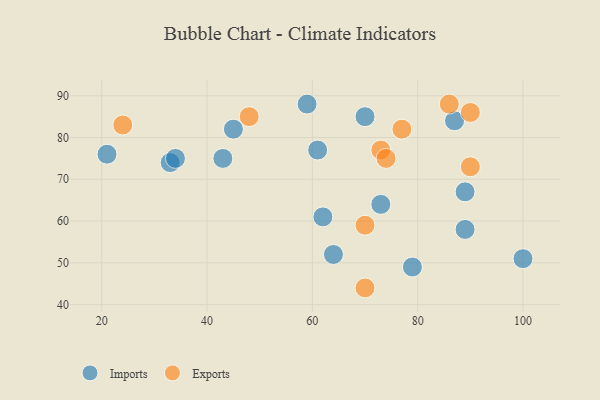
{"axis": {"x": "GDP", "y": "Life Expectancy"}, "legend": ["Exports", "Imports"], "data": [{"x": "73", "y": 64, "type": "Imports"}, {"x": "89", "y": 67, "type": "Imports"}, {"x": "89", "y": 58, "type": "Imports"}, {"x": "87", "y": 84, "type": "Imports"}, {"x": "64", "y": 52, "type": "Imports"}, {"x": "21", "y": 76, "type": "Imports"}, {"x": "100", "y": 51, "type": "Imports"}, {"x": "61", "y": 77, "type": "Imports"}, {"x": "62", "y": 61, "type": "Imports"}, {"x": "33", "y": 74, "type": "Imports"}, {"x": "79", "y": 49, "type": "Imports"}, {"x": "43", "y": 75, "type": "Imports"}, {"x": "70", "y": 85, "type": "Imports"}, {"x": "59", "y": 88, "type": "Imports"}, {"x": "34", "y": 75, "type": "Imports"}, {"x": "45", "y": 82, "type": "Imports"}, {"x": "86", "y": 88, "type": "Exports"}, {"x": "90", "y": 73, "type": "Exports"}, {"x": "70", "y": 44, "type": "Exports"}, {"x": "73", "y": 77, "type": "Exports"}, {"x": "24", "y": 83, "type": "Exports"}, {"x": "74", "y": 75, "type": "Exports"}, {"x": "90", "y": 86, "type": "Exports"}, {"x": "77", "y": 82, "type": "Exports"}, {"x": "48", "y": 85, "type": "Exports"}, {"x": "70", "y": 59, "type": "Exports"}]}